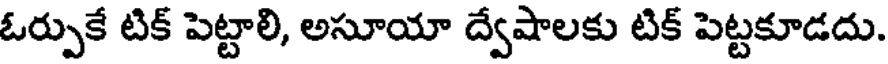
ఓర్పుకే టిక్ పెట్టాలి, అసూయా ద్వేషాలకు టిక్ పెట్టకూడదు.